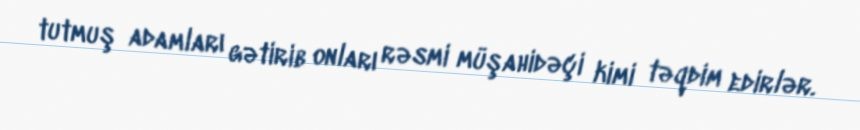
tutmuş adamları gətirib onları rəsmi müşahidəçi kimi təqdim edirlər.